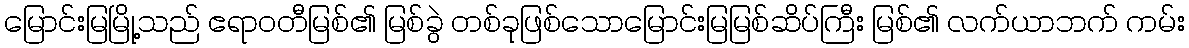
မြောင်းမြမြို့သည် ဧရာဝတီမြစ်၏ မြစ်ခွဲ တစ်ခုဖြစ်သောမြောင်းမြမြစ်ဆိပ်ကြီး မြစ်၏ လက်ယာဘက် ကမ်း